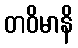
တဝိမာနိ